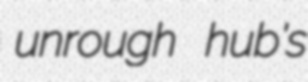
unrough hub's